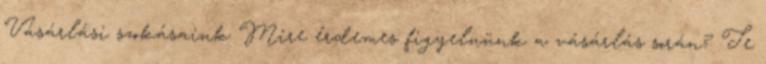
Vásárlási szokásaink Mire érdemes figyelnünk a vásárlás során? Te